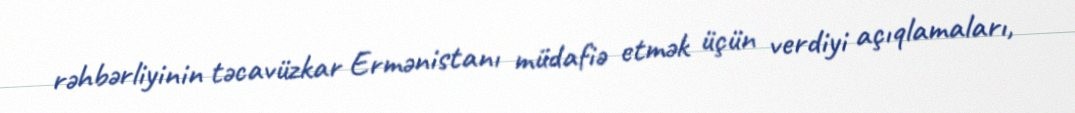
rəhbərliyinin təcavüzkar Ermənistanı müdafiə etmək üçün verdiyi açıqlamaları,